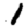
Digit: 1